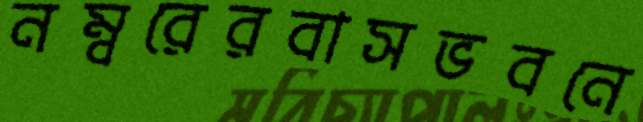
নম্বরেরবাসভবনে